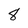
Character: 8